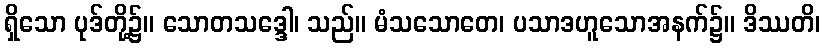
ရှိသော ပုဒ်တို့၌။ သောတသဒ္ဒေါ၊ သည်။ မံသသောတေ၊ ပသာဒဟူသောအနက်၌။ ဒိဿတိ၊